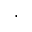
\cdot